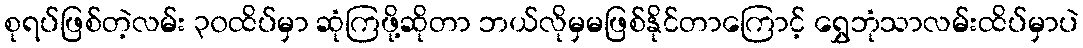
စုရပ်ဖြစ်တဲ့လမ်း ၃၀ထိပ်မှာ ဆုံကြဖို့ဆိုတာ ဘယ်လိုမှမဖြစ်နိုင်တာကြောင့် ရွှေဘုံသာလမ်းထိပ်မှာပဲ